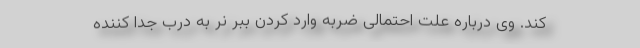
کند. وی درباره علت احتمالی ضربه وارد کردن ببر نر به درب جدا کننده